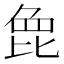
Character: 𣬋